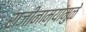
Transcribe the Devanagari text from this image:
राजीनाम्यांमुळे